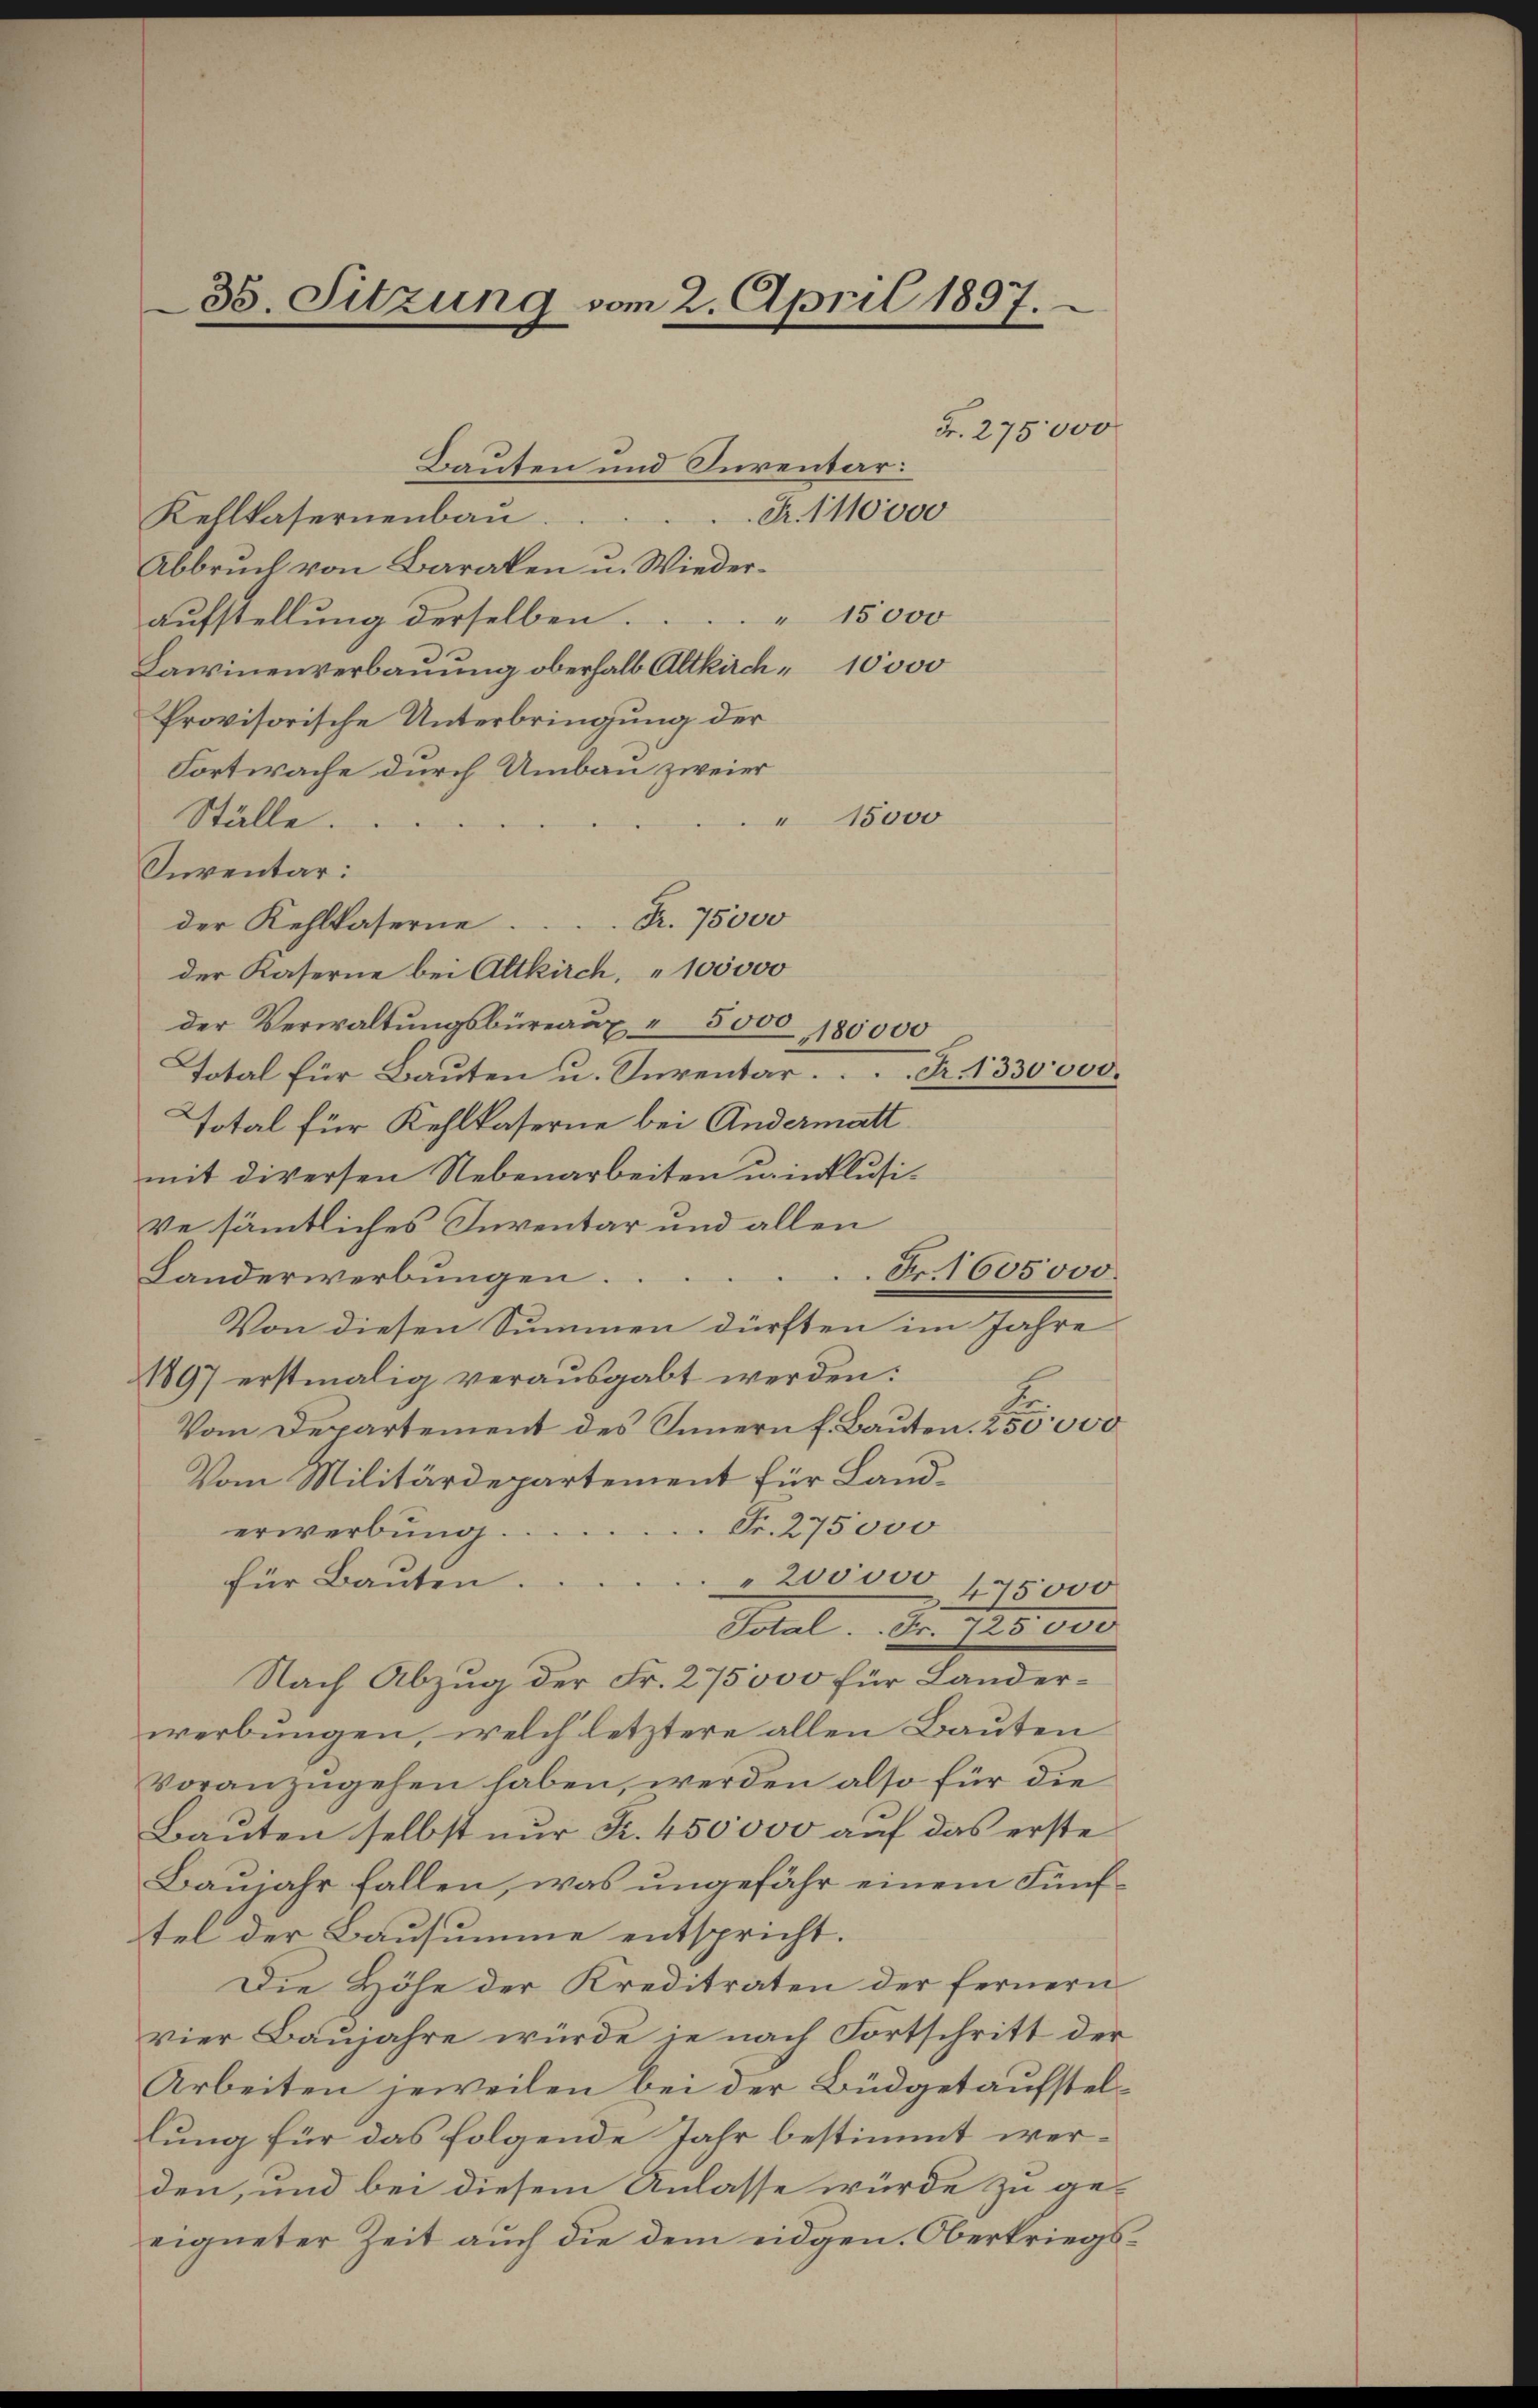
35. Sitzung vom 2. April 1897.

Bauten und Inventar:

Fr. 275000
Fr. 1110000

Kehlkasernenbau
Abbruch von Baraten u. Wiederaufstellung derselben.
Lawinenverbauung oberhalb Altkirch 10000
Provisorische Unterbringung der
Fortwache durch Umbau zweier
" 15000
Ställe.
Inventar:
der Kehlkaserne Fr. 75000
der Kaserne bei Altkirch, 100000
der Verwaltungsbüreaux a 5000, 180000
Total für Bauten u. Inventar. Fr. 1330,000.
Total für Kehlkaserne bei Andermatt
mit diversen Nebenarbeiten winklusive sämmtliches Inventar und allen
Landerwerbungen.
Von diesen Summen dürften im Jahre
1897 erstmalig verausgabt werden:
Vom Departement des Innern f. Bauten. 255000
Vom Militärdepartement für Land¬
Fr. 275000
erwerbung.
für Bauten.
" 200000 (75000
Dotal. Fr. 128000
Nach Abzug der Fr. 275000 für Landerwerbungen, welch letztere allen Bauten
voranzugehen haben, werden also für die
Bauten selbst nur K. 450000 auf das erste
Baujahr fallen, was ungefähr einem Fünftel der Bausumme entspricht.
Die Höhe der Kreditraten der fernern
vier Baujahre würde je nach Fortschritt der
Arbeiten jeweilen bei der Büdgetaufstellung für das folgende Jahr bestimmt werden, und bei diesem Anlasse würde zu geeigneter Zeit auch die dem eidgen. Oberkriegs¬

" 15000

Fr. 1605000.